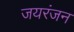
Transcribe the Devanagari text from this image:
जयरंजन